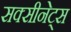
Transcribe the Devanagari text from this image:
सक्सीनेट्स